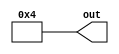
module constant #(parameter VALUE = 4) (
    output [31:0] out
);

assign out = VALUE;

endmodule